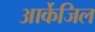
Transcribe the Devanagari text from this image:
आर्केजिल